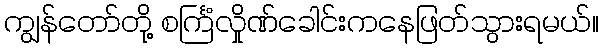
ကျွန်တော်တို့ စင်္ကြံလှိုဏ်ခေါင်းကနေဖြတ်သွားရမယ်။